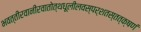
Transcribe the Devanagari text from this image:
भवत्तीरवानीरवातोत्थधूलीलवस्पर्शतस्तत्क्षणं